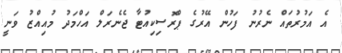
އެ އަމުރުތައް ނެރުނު ފަހުން އޭރުގެ ޕްރޮސިކިއުޓާ ޖެނެރަލް އަހްމަދު މުއިއްޒު ވަނީ